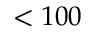
< 1 0 0